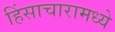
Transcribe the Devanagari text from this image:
हिंसाचारामध्ये